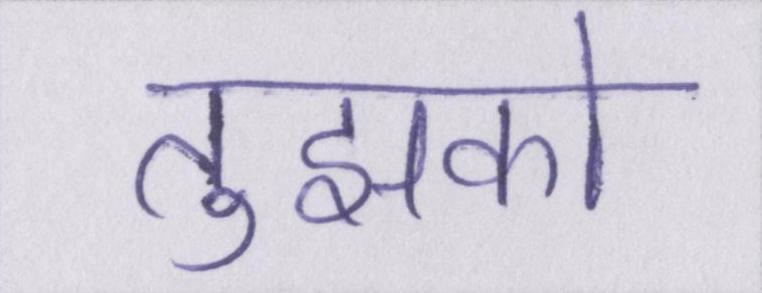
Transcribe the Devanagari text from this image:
तुझको